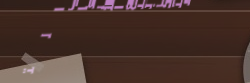
متجر بيع الألعاب التعليمي